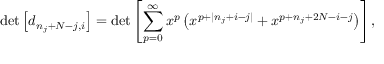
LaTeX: \operatorname * { d e t } \left[ d _ { n _ { j } + N - j , i } \right] = \operatorname * { d e t } \left[ \sum _ { p = 0 } ^ { \infty } x ^ { p } \left( x ^ { p + | n _ { j } + i - j | } + x ^ { p + n _ { j } + 2 N - i - j } \right) \right] ,